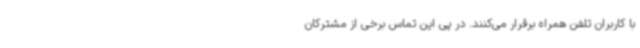
با کاربران تلفن همراه برقرار می‌کنند. در پی این تماس برخی از مشترکان